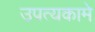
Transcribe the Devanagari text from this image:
उपत्यकामे